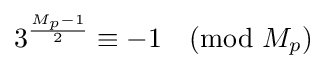
3^{\frac {M_{p}-1}{2}}\equiv -1{\pmod {M_{p}}}